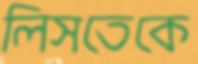
লিসতেকে